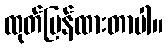
ထုတ်ပြန်ထားတာပါ။